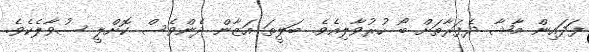
ފަދައިން މާޝާ ދެފަރާތަށް ބޯ ހުރުވާލިއެވެ. ބަލީތަ އަޒާން ދެންވެސް ކޮށްލީ ސުވާލެކެވެ.